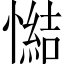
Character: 𢢂